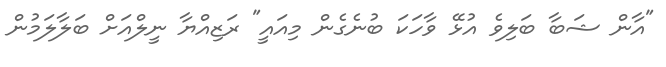
"އާން ޝަބާ ބަލިވެ އުޅޭ ވާހަކަ ބުނެގެން މިއައީ" ރަޒިއްޔާ ނީލްއަށް ބަލާލަމުން